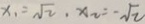
x _ { 1 } = \sqrt { 2 } , x _ { 2 } = - \sqrt { 2 }